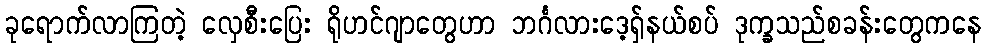
ခုရောက်လာကြတဲ့ လှေစီးပြေး ရိုဟင်ဂျာတွေဟာ ဘင်္ဂလားဒေ့ရှ်နယ်စပ် ဒုက္ခသည်စခန်းတွေကနေ